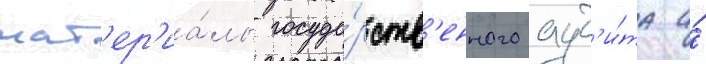
мат'ер'иа́лы госуда́рств'енного ауд'и́та и́